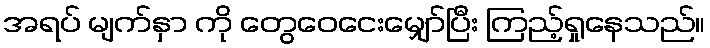
အရပ် မျက်နှာ ကို တွေဝေငေးမျှော်ပြီး ကြည့်ရှုနေသည်။